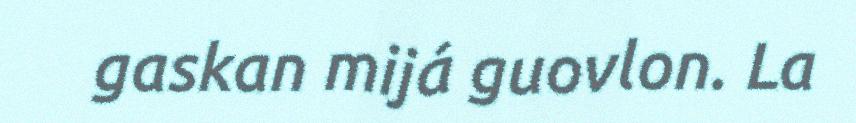
gaskan mijá guovlon. La